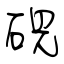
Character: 硯